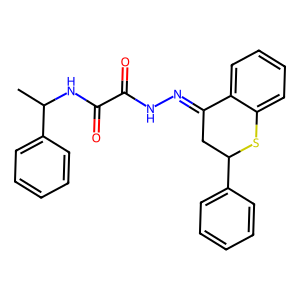
SMILES: CC(NC(=O)C(=O)NN=C1CC(c2ccccc2)Sc2ccccc21)c1ccccc1
Inhibits HIV replication: No